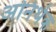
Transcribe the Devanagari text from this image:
अनिर्थक